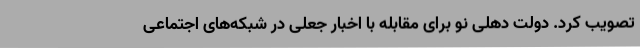
تصویب کرد. دولت دهلی نو برای مقابله با اخبار جعلی در شبکه‌های اجتماعی